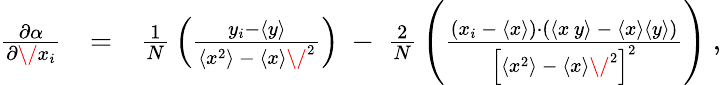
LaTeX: \begin{array}{rlr}{{\frac{\partial\alpha}{\partial\/ x_{i}}}}&{=}&{{\frac{1}{N}}\left(\frac{y_{i}-\langle{y}\rangle}{\langle{x}^{2}\rangle\ -\ \langle{x}\rangle\/ ^{2}}\right)\ -\ {\frac{2}{N}}\left(\frac{\left(x_{i}\ -\ \langle{x}\rangle\right)\cdot\left(\langle{x\, y}\rangle\ -\ \langle{x}\rangle\langle{y}\rangle\right)}{\left[\langle{x}^{2}\rangle\ -\ \langle{x}\rangle\/ ^{2}\right]^{2}}\right)\ ,}\end{array}